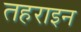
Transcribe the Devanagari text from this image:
तहराइन